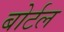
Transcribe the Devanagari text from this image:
बोर्टल